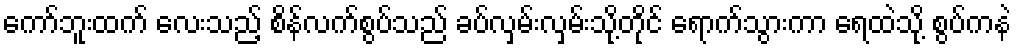
ကော်ဘူးထက် လေးသည့် စိန်လက်စွပ်သည် ခပ်လှမ်းလှမ်းသို့တိုင် ရောက်သွားကာ ရေထဲသို့ စွပ်ကနဲ